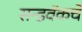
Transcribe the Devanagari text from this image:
सन्डवॅकचे